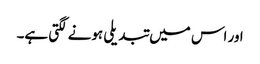
اور اس میں تبدیلی ہونے لگتی ہے۔